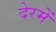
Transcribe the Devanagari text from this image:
देरमें